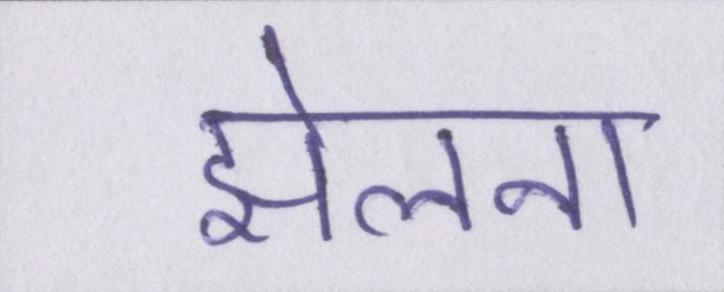
झेलना